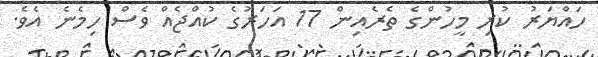
ހައްޔަރު ކުރި މީހުންގެ ތެރެއިން 17 އަހަރުގެ ކުއްޖެއް ވެސް ހިމެނެ އެވެ.